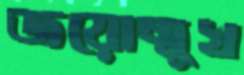
জয়োন্মুখ